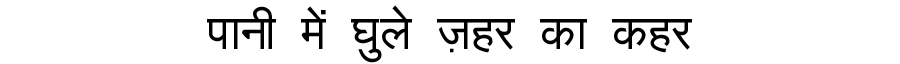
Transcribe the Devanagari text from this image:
पानी में घुले ज़हर का कहर